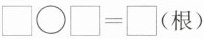
$$\square \bigcirc \square = \square (根)$$